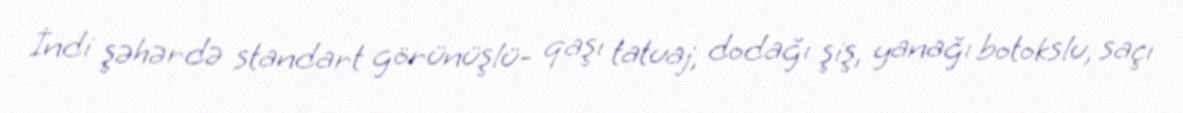
İndi şəhərdə standart görünüşlü- qaşı tatuaj, dodağı şiş, yanağı botokslu, saçı